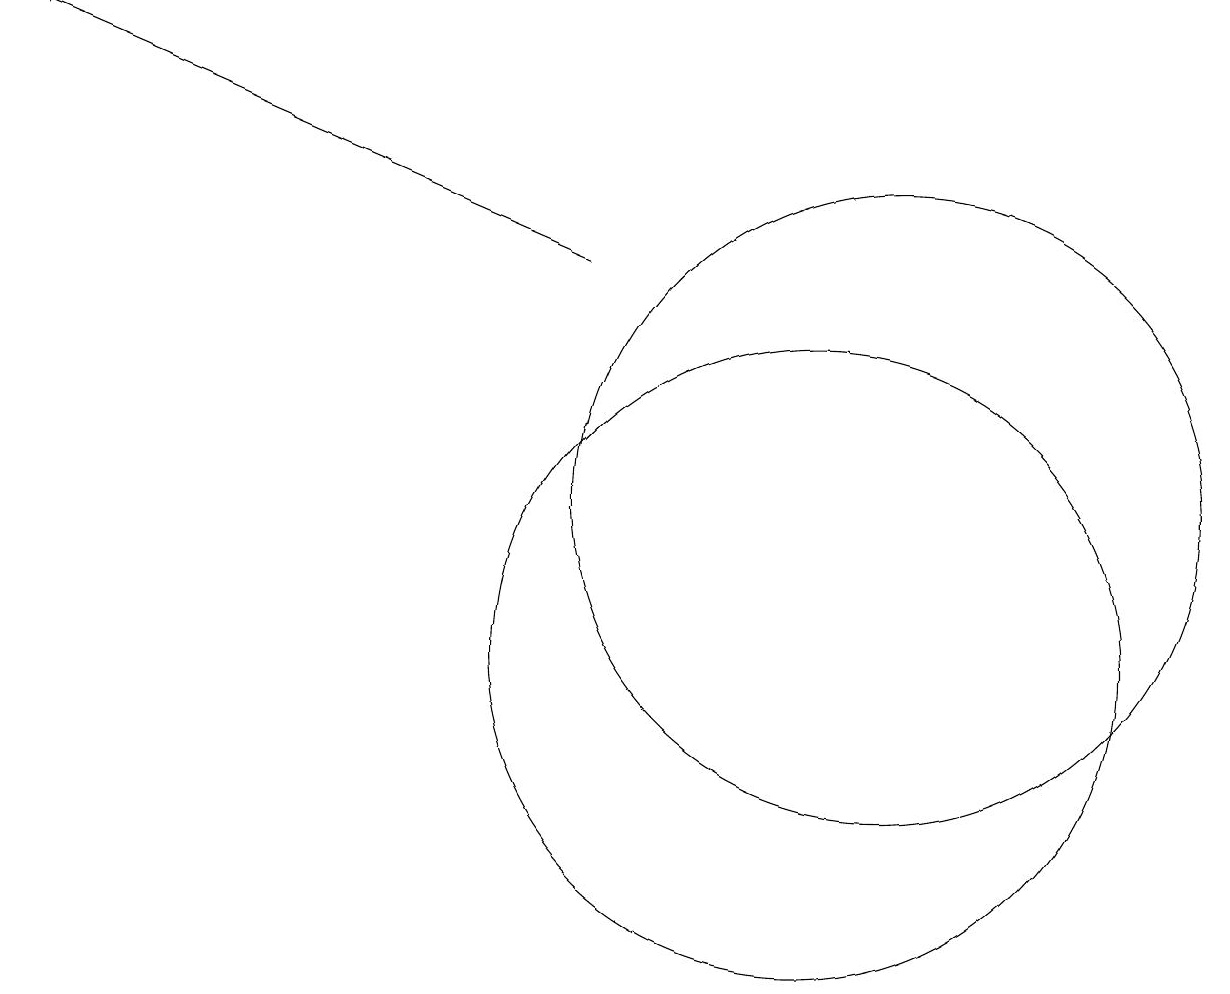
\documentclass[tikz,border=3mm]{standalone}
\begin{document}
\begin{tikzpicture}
\draw[->] (7,15) -- (0,18);
\draw (10,10) circle (4);
\draw (11,12) circle (4);
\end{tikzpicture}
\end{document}